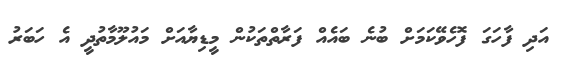
އަދި ފާހަގަ ފޮހެވޭކަމަށް ބުނެ ބައެއް ފަރާތްތަކުން މީޑިޔާއަށް މައުލޫމާތުދީ އެ ހަބަރު